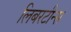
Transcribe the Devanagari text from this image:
लिबरटीन्स